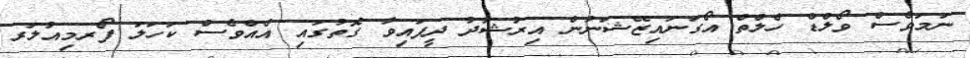
ނަމަވެސް ވޯލްޑް ހެލްތް އޯގަނައިޒޭޝަނުން އިރުޝާދު ދީފައިވާ ގޮތުގައި އެއްވެސް ކަހަލަ ފޯރމިއުލަރ